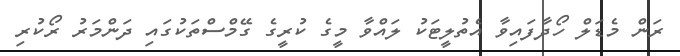
ރަން މެޑަލް ހޯދާފައިވާ އެތުލީޓަކު ލައްވާ މީގެ ކުރީގެ ގޭމްސްތަކުގައި ދަންމަރު ރޯކުރި